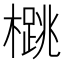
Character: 𪴁